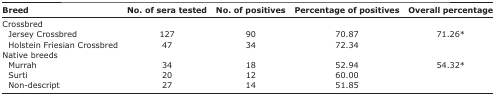
| Breed | No. of sera tested | No. of positives | Percentage of positives | Overall percentage |
 | --- | --- | --- | --- | --- |
 | Crossbred |  |  |  |  |
 | Jersey Crossbred | 127 | 90 | 70.87 | 71.26* |
 | Holstein Friesian Crossbred | 47 | 34 | 72.34 |  |
 | Native breeds |  |  |  |  |
 | Murrah | 34 | 18 | 52.94 | 54.32* |
 | Surti | 20 | 12 | 60.00 |  |
 | Non-descript | 27 | 14 | 51.85 |  |